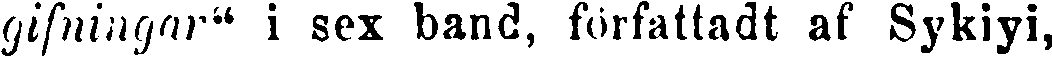
gifningar" i sex band, författadt af Sykiyi,